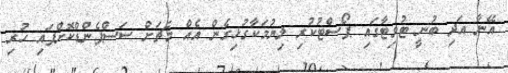
އޭނާ އަދި ބުނީ ޓުވިޓާގައި ޕޯސްޓުކުރި ލިޔުމަކާގުޅިގެން އެއް މެޗަށް ސަސްޕެންޑްކޮށްފައި ހުރި